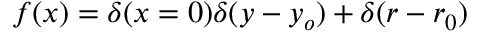
f ( x ) = \delta ( x = 0 ) \delta ( y - y _ { o } ) + \delta ( r - r _ { 0 } )